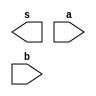
/*
 * Exemplo_0700 - GATES
 * Nome Gabriel Vargas Bento de Souza
*/

// -------------------------
// f7_gate
// -------------------------
module f7 (output s,
           input  a, 
           input  b);

   // descrever por portas

endmodule // f7

// -------------------------
// multiplexer
// -------------------------
module mux (output s,
            input  a,
            input  b,
            input  select);

   // definir dados locais
   wire not_select;
   wire sa;
   wire sb;

   // descrever por portas
   not NOT1 (not_select, select);
   
   and AND1 (sa, a, not_select);
   and AND2 (sb, b, select);

   or  OR1  (s , sa, sb);
endmodule // mux

// -------------------------
// main
// -------------------------
module test_f7;
   
   // definir dados
   reg  x, y, s;
   wire w, z;

   f7  modulo (w, x, y);
   mux MUX1   (z, x, y, s);
   
   // parte principal
   initial
   begin : main
      $display("Exemplo_0700 - Gabriel Vargas Bento de Souza - 778023");
      $display("Test LU's module");
      $display(" x  y  s  z");

      x = 1'b0; y = 1'b1; s = 1'b0;

      // projetar testes do modulo
      #1 $monitor("%2b %2b %2b %2b", x, y, s, z);
      #1 s = 1'b1;
   end
endmodule // test_f7

// -------------------------
// test
// -------------------------
/*
---------- previsao ----------

  x   y   mult(s)         out(z)
  0   1     0         0.0 + 1.0 = 0
  0   1     1         0.1 + 1.1 = 1

---------- execucao ----------

C:\Users\Gabriel\Desktop\CC-PUC\2Periodo\ARQ1\Tarefas\Guia07>vvp Exemplo_0700.vvp
Exemplo_0700 - Gabriel Vargas Bento de Souza - 778023
Test LU's module
 x  y  s  z
 0  1  0  0
 0  1  1  1
*/